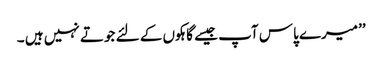
’’میرے پاس آپ جیسے گاہکوں کے لئے جوتے نہیں ہیں ۔